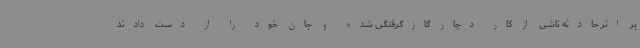
بر اثر حادثه ناشی از کار دچار گازگرفتگی شده و جان خود را از دست دادند